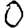
Digit: 0